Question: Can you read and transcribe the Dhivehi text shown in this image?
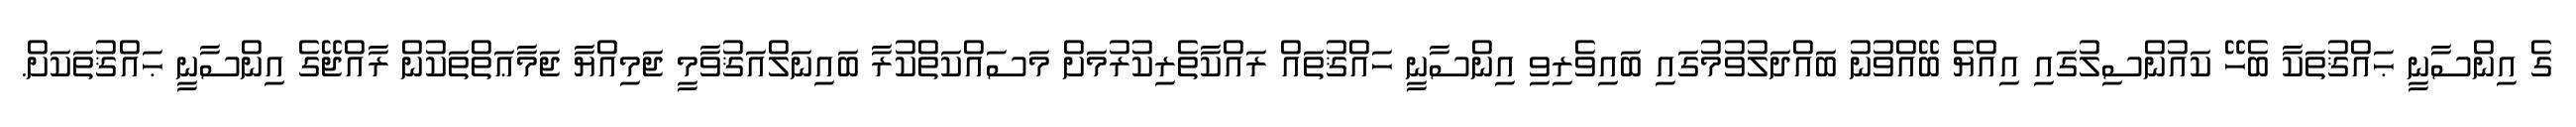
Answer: ގެ އިންސާނީ ޙައްޤުތަކާ ބެހޭ ކައުންސިލުގައި އިއްޔެ ބޭއްވުނު ބައްދަލުވުމުގައި ބައިވެރިވި އިންސާނީ ހައްޤުތައް ރައްކާތެރިކުރުމަށް މަސައްކަތްކުރާ ބައިނަލްއަޤުވާމީ ޖަމިއްޔާ ޖަމާޢަތްތަކުން ރާއްޖޭގެ އިންސާނީ ޙައްޤުތަކަށް.